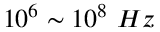
1 0 ^ { 6 } \sim 1 0 ^ { 8 } ~ H z